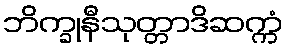
ဘိက္ခုနီသုတ္တာဒိဆက္ကံ